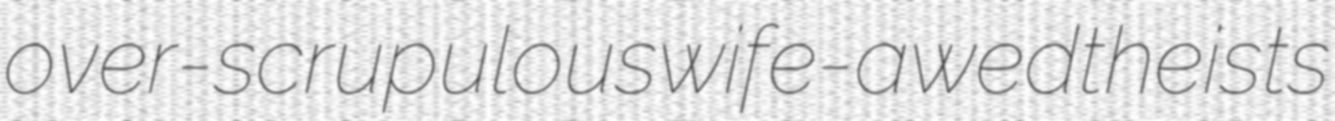
over-scrupulous wife-awed theists